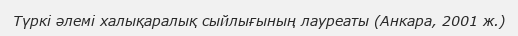
Түркі әлемі халықаралық сыйлығының лауреаты (Анкара, 2001 ж.)